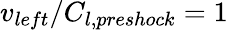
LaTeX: v_{left}/C_{l,preshock}=1